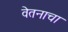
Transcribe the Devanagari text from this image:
वेतनाचा